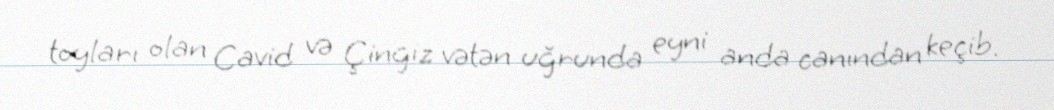
toyları olan Cavid və Çingiz vətən uğrunda eyni anda canından keçib.